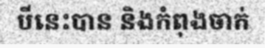
បីនេះបាន និងកំពុងចាក់